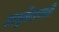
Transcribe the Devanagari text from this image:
आयुर्वेदशास्‍त्री